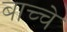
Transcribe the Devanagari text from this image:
बाच्चे